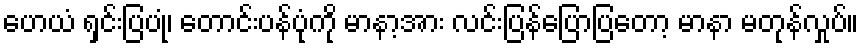
ဟေယံ ရှင်းပြပုံ၊ တောင်းပန်ပုံကို မာနာ့အား လင်းပြန်ပြောပြတော့ မာနာ မတုန်လှုပ်။